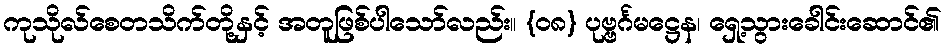
ကုသိုလ်စေတသိက်တို့နှင့် အတူဖြစ်ပါသော်လည်း။ {၀၈} ပုဗ္ဗင်္ဂမဋ္ဌေန၊ ရှေ့သွားခေါင်းဆောင်၏